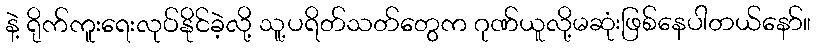
နဲ့ ရိုက်ကူးရေးလုပ်နိုင်ခဲ့လို့ သူ့ပရိတ်သတ်တွေက ဂုဏ်ယူလို့မဆုံးဖြစ်နေပါတယ်နော်။